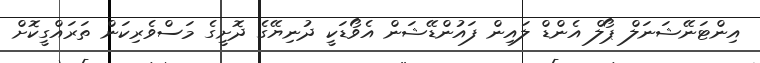
އިންޓަނޭޝަނަލް ޕޯލް އެންޑް ލައިން ފައުންޑޭޝަން އެވޯޑަކީ ދުނިޔޭގެ ދޮށީގެ މަސްވެރިކަން ތަރައްގީކޮށް